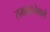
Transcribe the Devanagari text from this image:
समझानेवाले